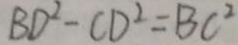
B D ^ { 2 } - C D ^ { 2 } = B C ^ { 2 }